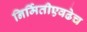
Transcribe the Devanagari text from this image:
निर्मितीएवढेच